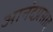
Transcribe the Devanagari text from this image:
आनंदप्रसाद